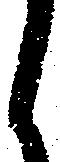
候